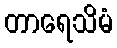
တာရေသိမံ